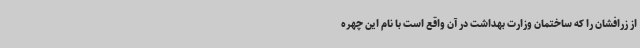
از زرافشان را که ساختمان وزارت بهداشت در آن واقع است با نام این چهره